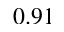
0 . 9 1